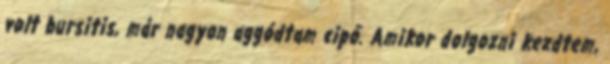
volt bursitis, már nagyon aggódtam cipő. Amikor dolgozni kezdtem,